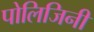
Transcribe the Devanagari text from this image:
पोलिजिनी